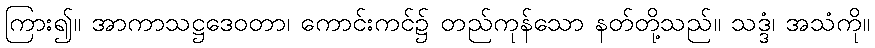
ကြား၍။ အာကာသဋ္ဌဒေဝတာ၊ ကောင်းကင်၌ တည်ကုန်သော နတ်တို့သည်။ သဒ္ဒံ၊ အသံကို။